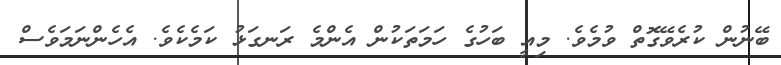
ބޭނުން ކުރެވޭގޮތް ވުމެވެ. މިއީ ބަހުގެ ހަމަތަކުން އެންމެ ރަނގަޅު ކަމެކެވެ. އެހެންނަމަވެސް